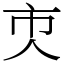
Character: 𠆴